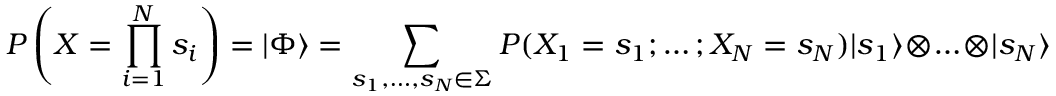
P \left( X = \prod _ { i = 1 } ^ { N } s _ { i } \right) = | \Phi \rangle = \sum _ { s _ { 1 } , \ldots , s _ { N } \in \Sigma } P ( X _ { 1 } = s _ { 1 } ; \ldots ; X _ { N } = s _ { N } ) | s _ { 1 } \rangle \otimes \ldots \otimes | s _ { N } \rangle